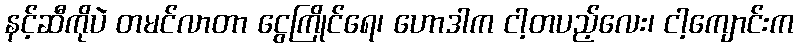
နင့်ဆီကိုပဲ တမင်လာတာ ငွေကြိုင်ရေ၊ ဟောဒါက ငါ့တပည့်လေး၊ ငါ့ကျောင်းက